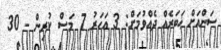
ސަންއަށް ޚަބަރެއް ދެއްވުމަށް: 3 އަހަރު 7 މަސް ކުރިން - 30